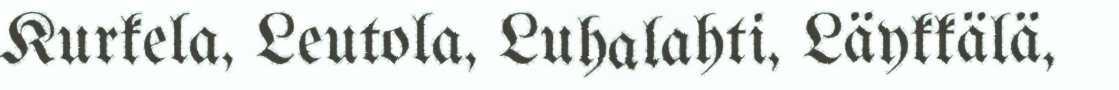
Kurkela, Leutola, Luhalahti, Läykkälä,